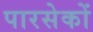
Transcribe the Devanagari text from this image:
पारसेकों